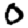
Digit: 0